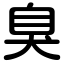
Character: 臭